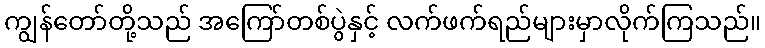
ကျွန်တော်တို့သည် အကြော်တစ်ပွဲနှင့် လက်ဖက်ရည်များမှာလိုက်ကြသည်။